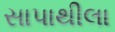
સાપાથીલા